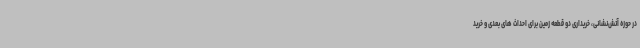
در حوزه آتش‌نشانی، خریداری دو قطعه زمین برای احداث های بعدی و خرید